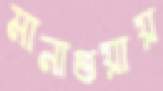
মানাগুয়ায়